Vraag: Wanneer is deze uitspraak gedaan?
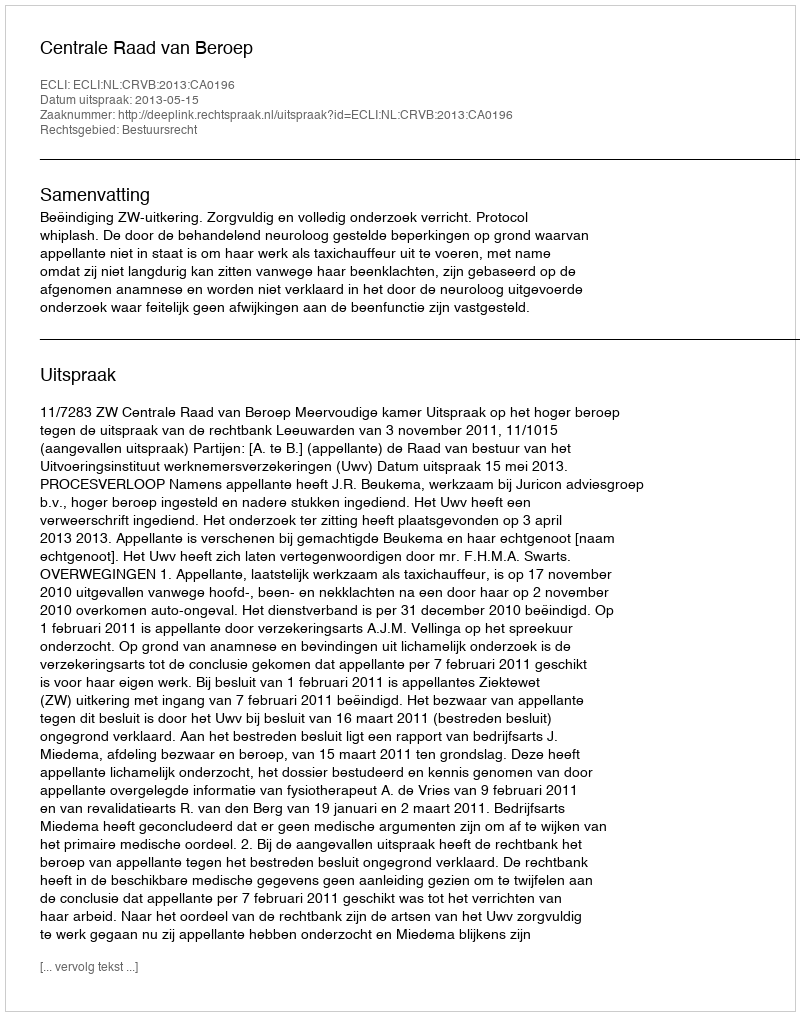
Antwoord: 2013-05-15